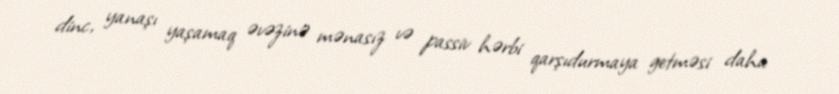
dinc, yanaşı yaşamaq əvəzinə mənasız və passiv hərbi qarşıdurmaya getməsi daha